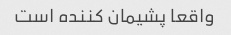
واقعا پشیمان کننده است